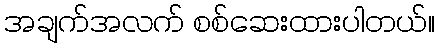
အချက်အလက် စစ်ဆေးထားပါတယ်။